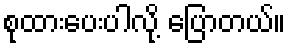
စုထားပေးပါလို့ ပြောတယ်။